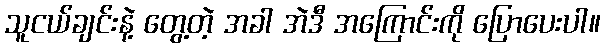
သူငယ်ချင်းနဲ့ တွေ့တဲ့ အခါ အဲဒီ အကြောင်းကို ပြောပေးပါ။